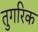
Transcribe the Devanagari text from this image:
तुगरिक